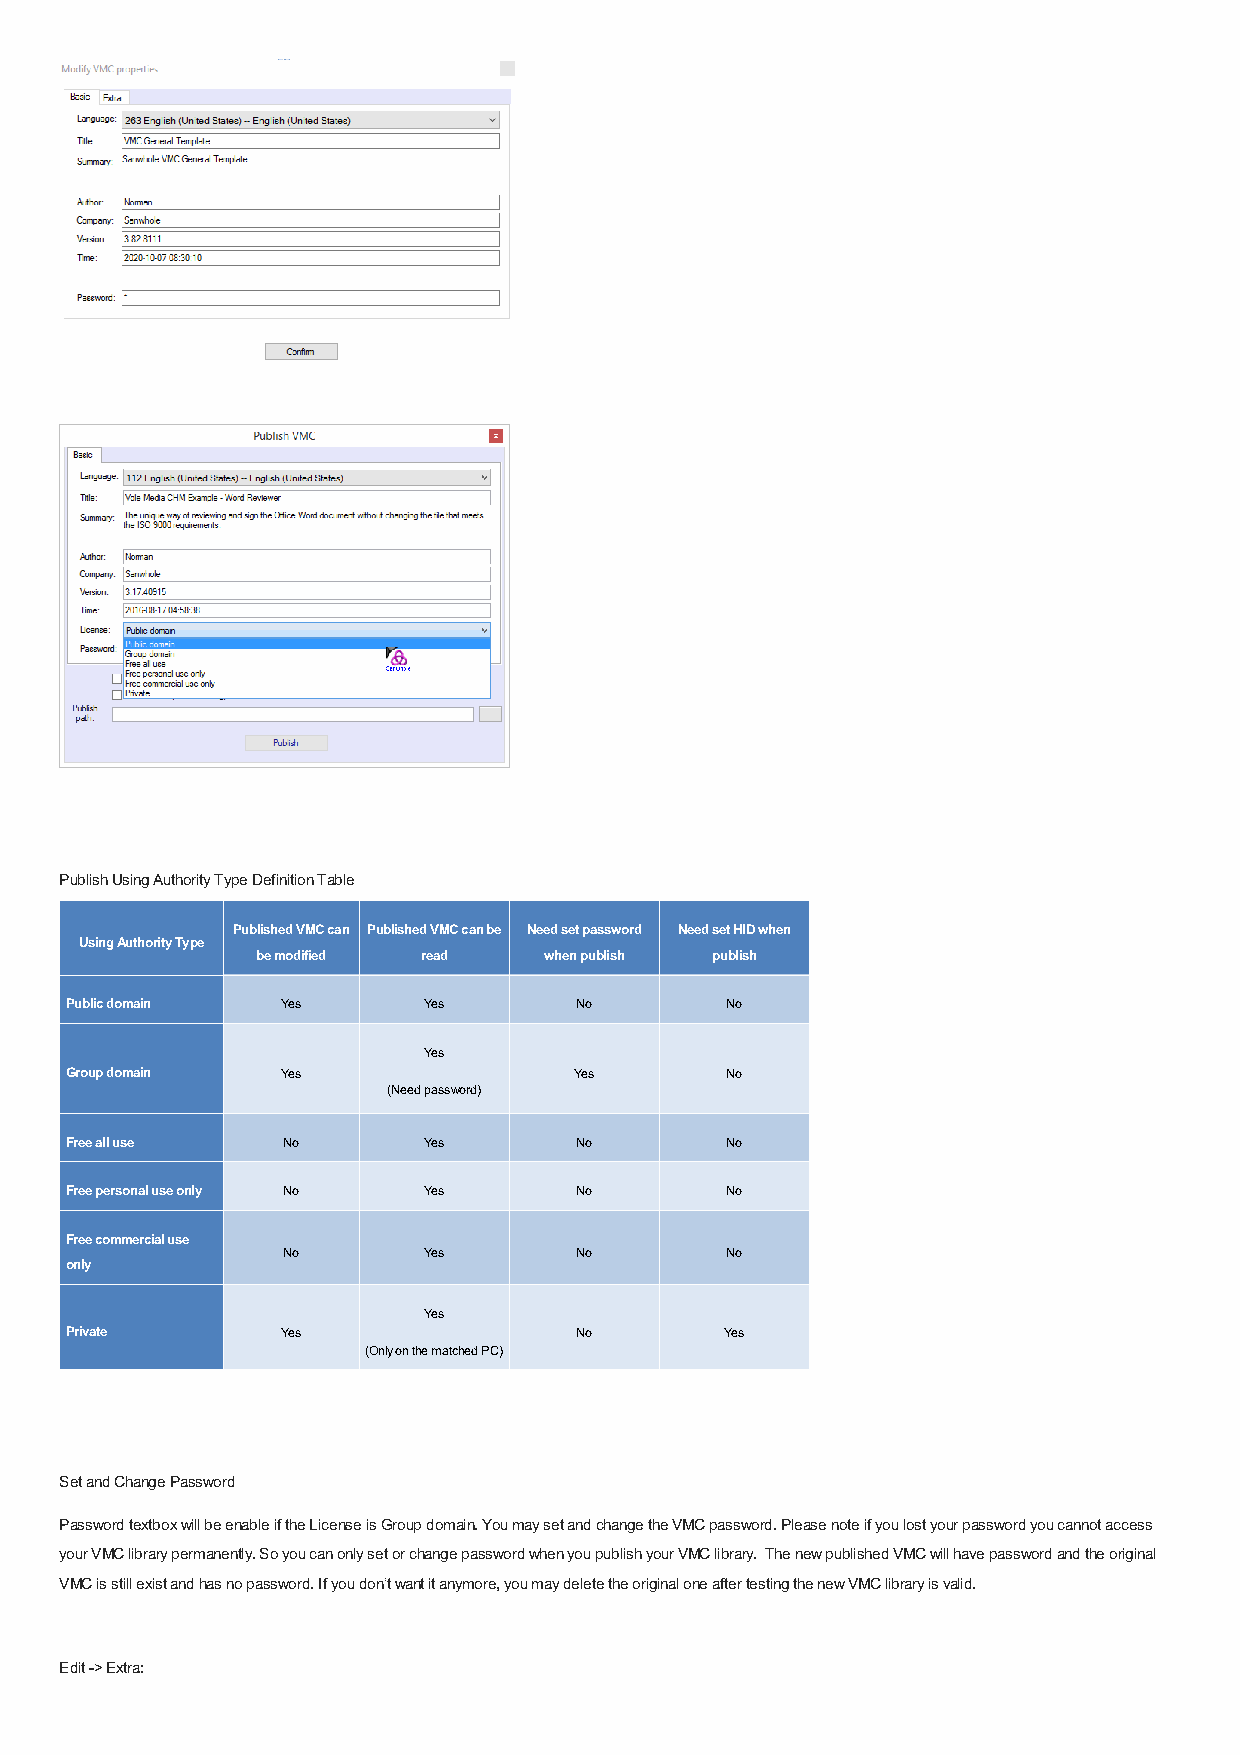
Publish Using Authority Type Definition Table
 Published VMC can Published VMC can be Need set password Need set HID when
 Using Authority Type
 be modified read   when publish publish
 Public domain  Yes      Yes       No        No
 Yes
 Group domain   Yes                Yes       No
 (Need password)
 Free all use   No       Yes       No        No
 Free personal use only No Yes     No        No
 Free commercial use
 No       Yes       No        No
 only
 Yes
 Private        Yes                No        Yes
 (Only on the matched PC)
 Set and Change Password
 Password textbox will be enable if the License is Group domain. You may set and change the VMC password. Please note if you lost your password you cannot access
 your VMC library permanently. So you can only set or change password when you publish your VMC library. The new published VMC will have password and the original
 VMC is still exist and has no password. If you don’t want it anymore, you may delete the original one after testing the new VMC library is valid.
 Edit -> Extra: